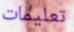
تعليمات